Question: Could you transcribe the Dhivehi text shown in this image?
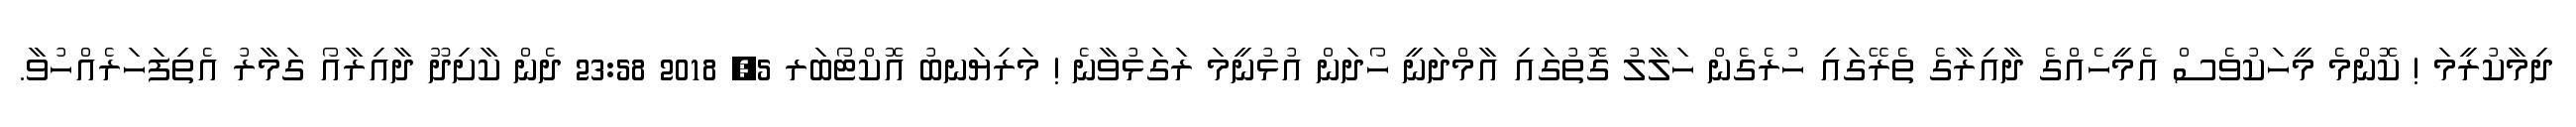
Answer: ދިމާކުރީމަ ! ކޮންމެ މީހަކުވެސް އެމީހެއްގެ ދާއިރާގެ ތެރޭގައި ހުރެގެން ހަލާލު ގޮތުގައި އާމްދަނީ ހޯދަން އުޅުނީމަ ރަގަޅުވާނެ ! މަރިޔަނބު އޮކްޓޯބަރ 5, 2018 23:58 ދެން ކާށިދޫ ދާއިރާއޯ ގަމާރު އެތިފަހަރެއްހުވާ.